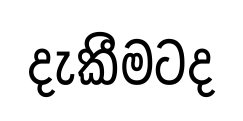
දැකීමටද